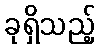
ခုရှိသည့်